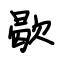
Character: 歇